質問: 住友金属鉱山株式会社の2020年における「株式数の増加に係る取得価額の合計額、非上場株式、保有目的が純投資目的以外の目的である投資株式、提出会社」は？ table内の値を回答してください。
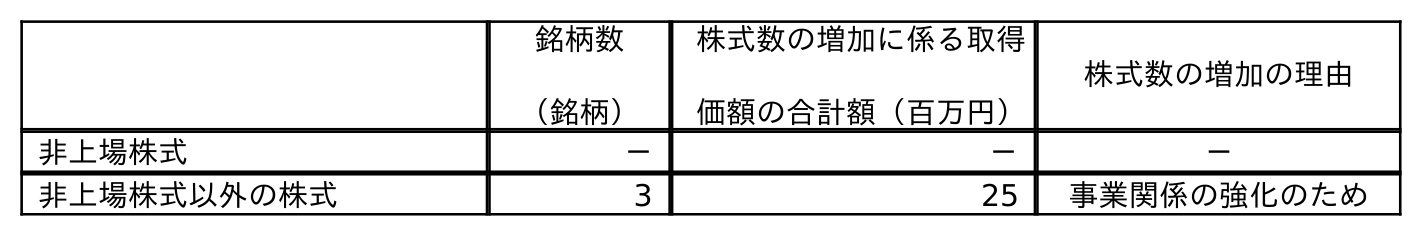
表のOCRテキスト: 銘柄数 （銘柄） 株式数の増加に係る取得 価額の合計額（百万円） 株式数の増加の理由 非上場株式 － － － 非上場株式以外の株式 3 25 事業関係の強化のため
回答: －